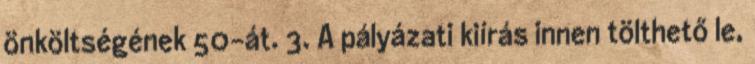
önköltségének 50-át. 3. A pályázati kiírás innen tölthető le,